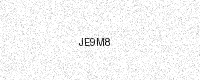
Text: JE9M8